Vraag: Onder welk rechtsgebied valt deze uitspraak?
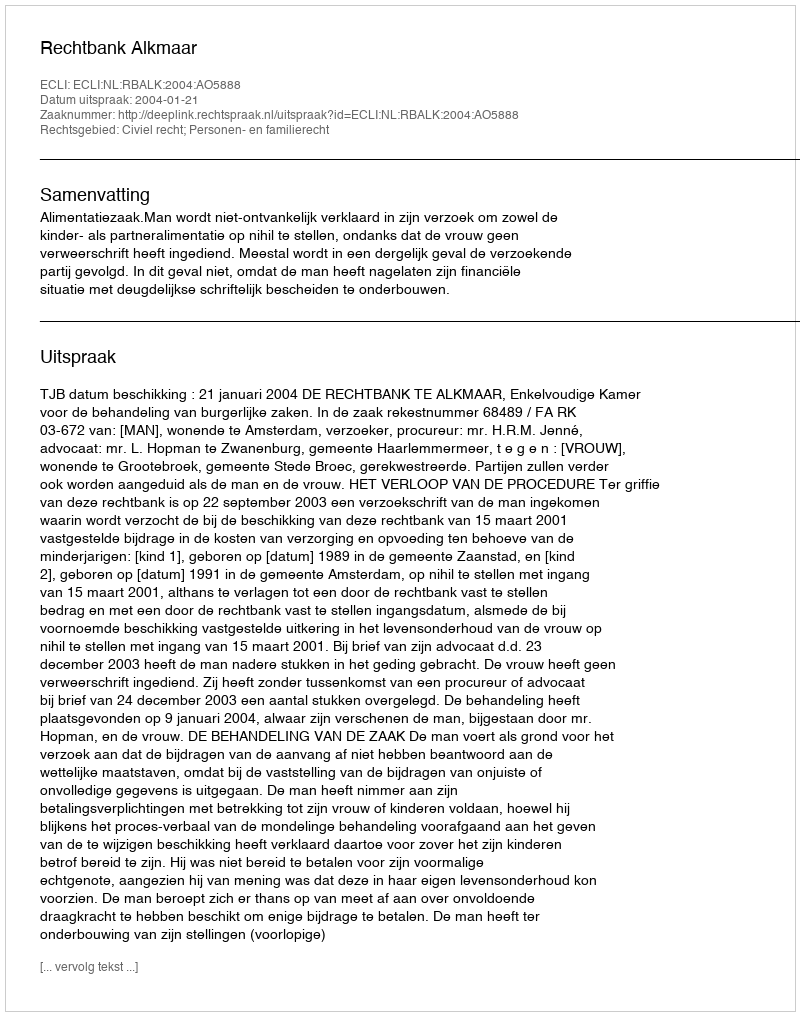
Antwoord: Civiel recht; Personen- en familierecht